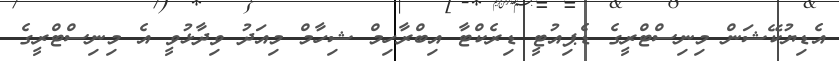
އެޑިޔުކޭޝަން މިނިސްޓްރީގެ ޑެޕިއުޓީ ޑިރެކްޓާ އިބްރާހިމް ޝިހާމް މިއަދު ވިދާޅުވީ އެ މިނިސްޓްރީގެ